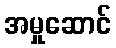
အမှုဆောင်